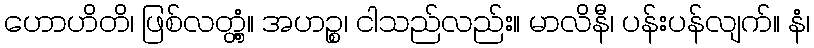
ဟောဟိတိ၊ ဖြစ်လတ္တံ့။ အဟဉ္စ၊ ငါသည်လည်း။ မာလိနီ၊ ပန်းပန်လျက်။ နံ၊